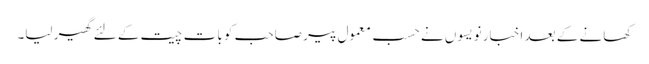
کھانے کے بعد اخبار نویسوں نے حسب معمول پیر صاحب کو بات چیت کے لئے گھیر لیا۔